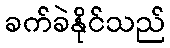
ခက်ခဲနိုင်သည်